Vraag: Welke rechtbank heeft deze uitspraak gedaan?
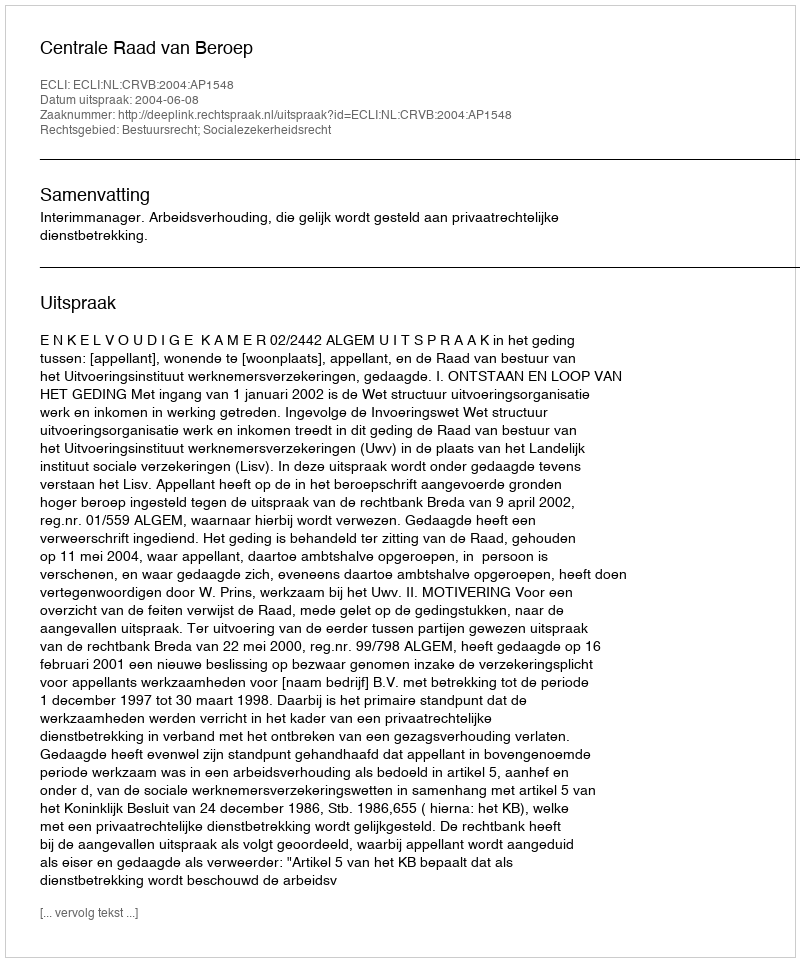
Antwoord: Centrale Raad van Beroep